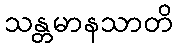
သန္တမာနသာတိ